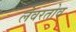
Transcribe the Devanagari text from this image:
लेवरतोव